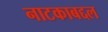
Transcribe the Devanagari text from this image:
नाटकाबद्दल